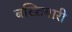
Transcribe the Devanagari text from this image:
बख्तियारी